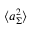
\langle a _ { \Sigma } ^ { 2 } \rangle